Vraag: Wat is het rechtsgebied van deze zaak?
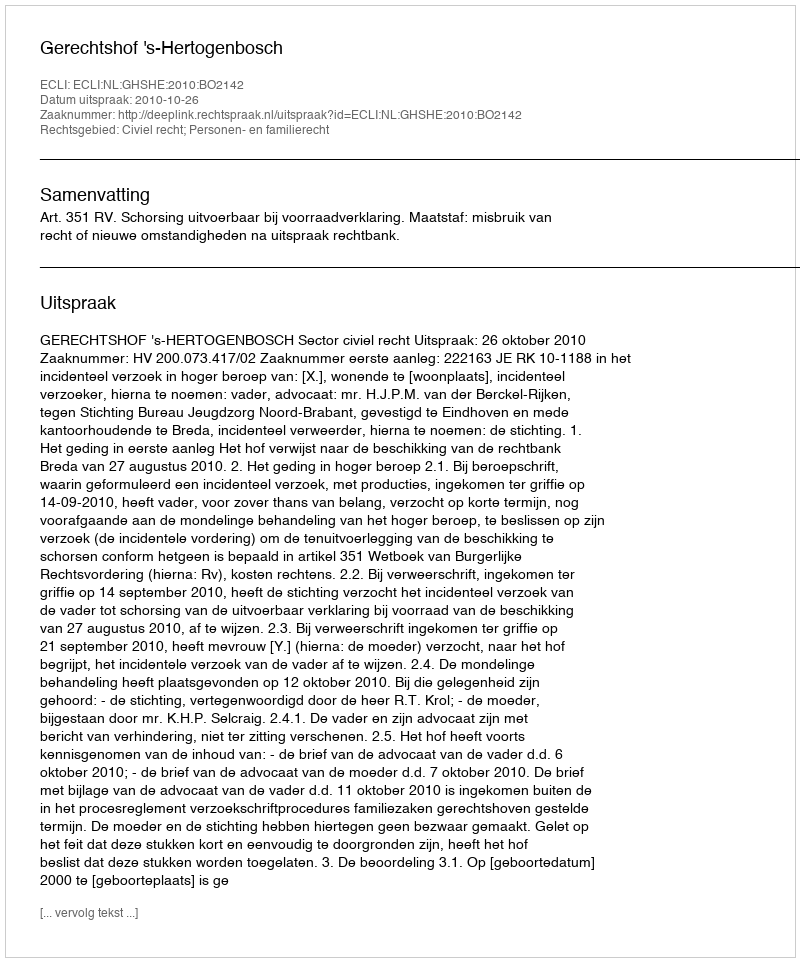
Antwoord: Civiel recht; Personen- en familierecht